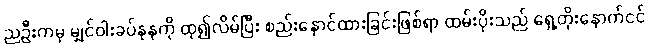
ညဦးကမှ မျှင်ဝါးခပ်နုနုကို ထု၍လိမ်ပြီး စည်းနှောင်ထားခြင်းဖြစ်ရာ ထမ်းပိုးသည် ရှေ့တိုးနောက်ငင်